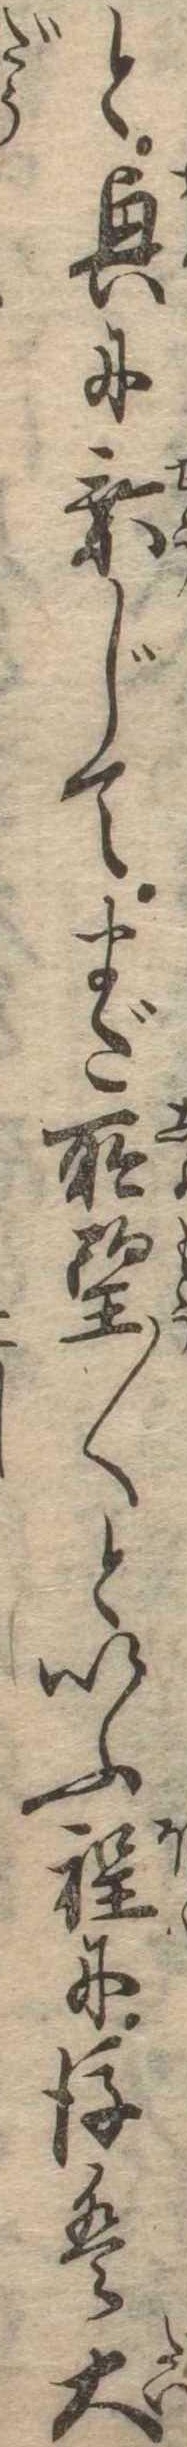
と興に乗じてまだ所望〱といふ程に後は大